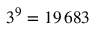
3 ^ { 9 } = 1 9 \, 6 8 3